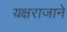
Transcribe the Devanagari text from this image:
यक्षराजाने